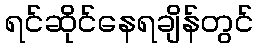
ရင်ဆိုင်နေရချိန်တွင်